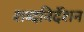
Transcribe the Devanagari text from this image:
शब्दनिर्देशन